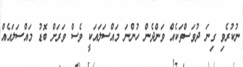
ނުކުރެވި ގިނަ ދުވަސްތަކެއް ވަންދެން ހުންނަ މައްސަލައަކީ ވެސް ވަރަށް ބޮޑު މައްސަލައެއް